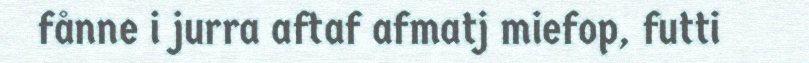
fånne i jurra aftaf afmatj miefop, futti